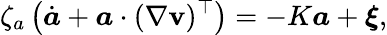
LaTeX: {\zeta_{a}}\left(\dot{\boldsymbol{a}}+\boldsymbol{a}\cdot(\nabla\mathbf{v})^{\top}\right)=-K\boldsymbol{a}+\boldsymbol{\xi},